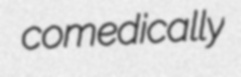
comedically